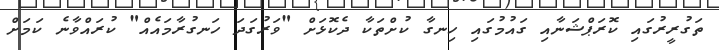
ތަގުރީރުގައި ކޮރަޕްޝަނާއި ގައުމުގައި ހިނގާ ކުށްތަކާ ދެކޮޅަށް "ވަރުގަދަ ހަނގުރާމައެއް" ކުރައްވާނެ ކަމަށް